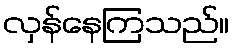
လှန်နေကြသည်။